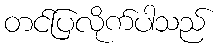
တင်ပြလိုက်ပါသည်